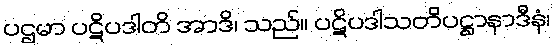
ပဌမာ ပဋိပဒါတိ အာဒိ၊ သည်။ ပဋိပဒါသတိပဋ္ဌာနာဒီနံ၊